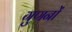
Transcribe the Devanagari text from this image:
गुणनों